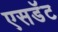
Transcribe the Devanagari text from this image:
एसडॅट